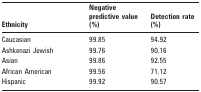
<table><thead><tr><td><b>Ethnicity</b></td><td><b>Negative predictive value (%)</b></td><td><b>Detection rate (%)</b></td></tr></thead><tbody><tr><td>Caucasian</td><td>99.85</td><td>94.92</td></tr><tr><td>Ashkenazi Jewish</td><td>99.76</td><td>90.16</td></tr><tr><td>Asian</td><td>99.86</td><td>92.55</td></tr><tr><td>African American</td><td>99.56</td><td>71.12</td></tr><tr><td>Hispanic</td><td>99.92</td><td>90.57</td></tr></tbody></table>